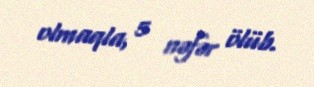
olmaqla, 5 nəfər ölüb.